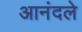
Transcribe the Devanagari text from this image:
आनंदले